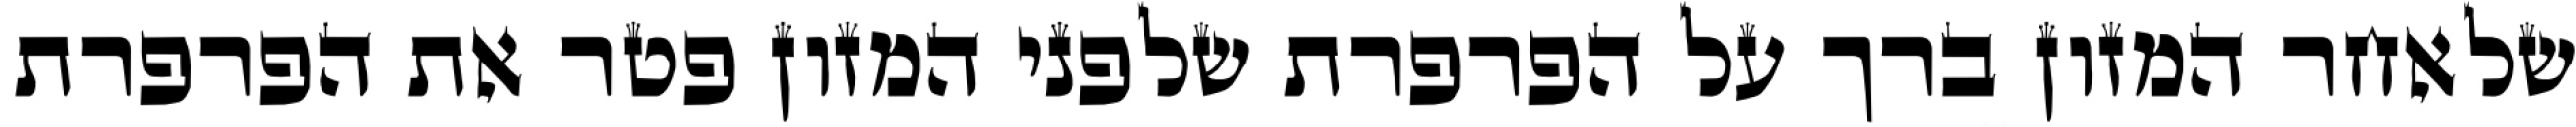
שלאחר המזון ברך על הפרפרת שלפני המזון פטר את הפרפרת